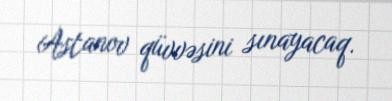
Astanov qüvvəsini sınayacaq.